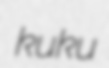
kuku